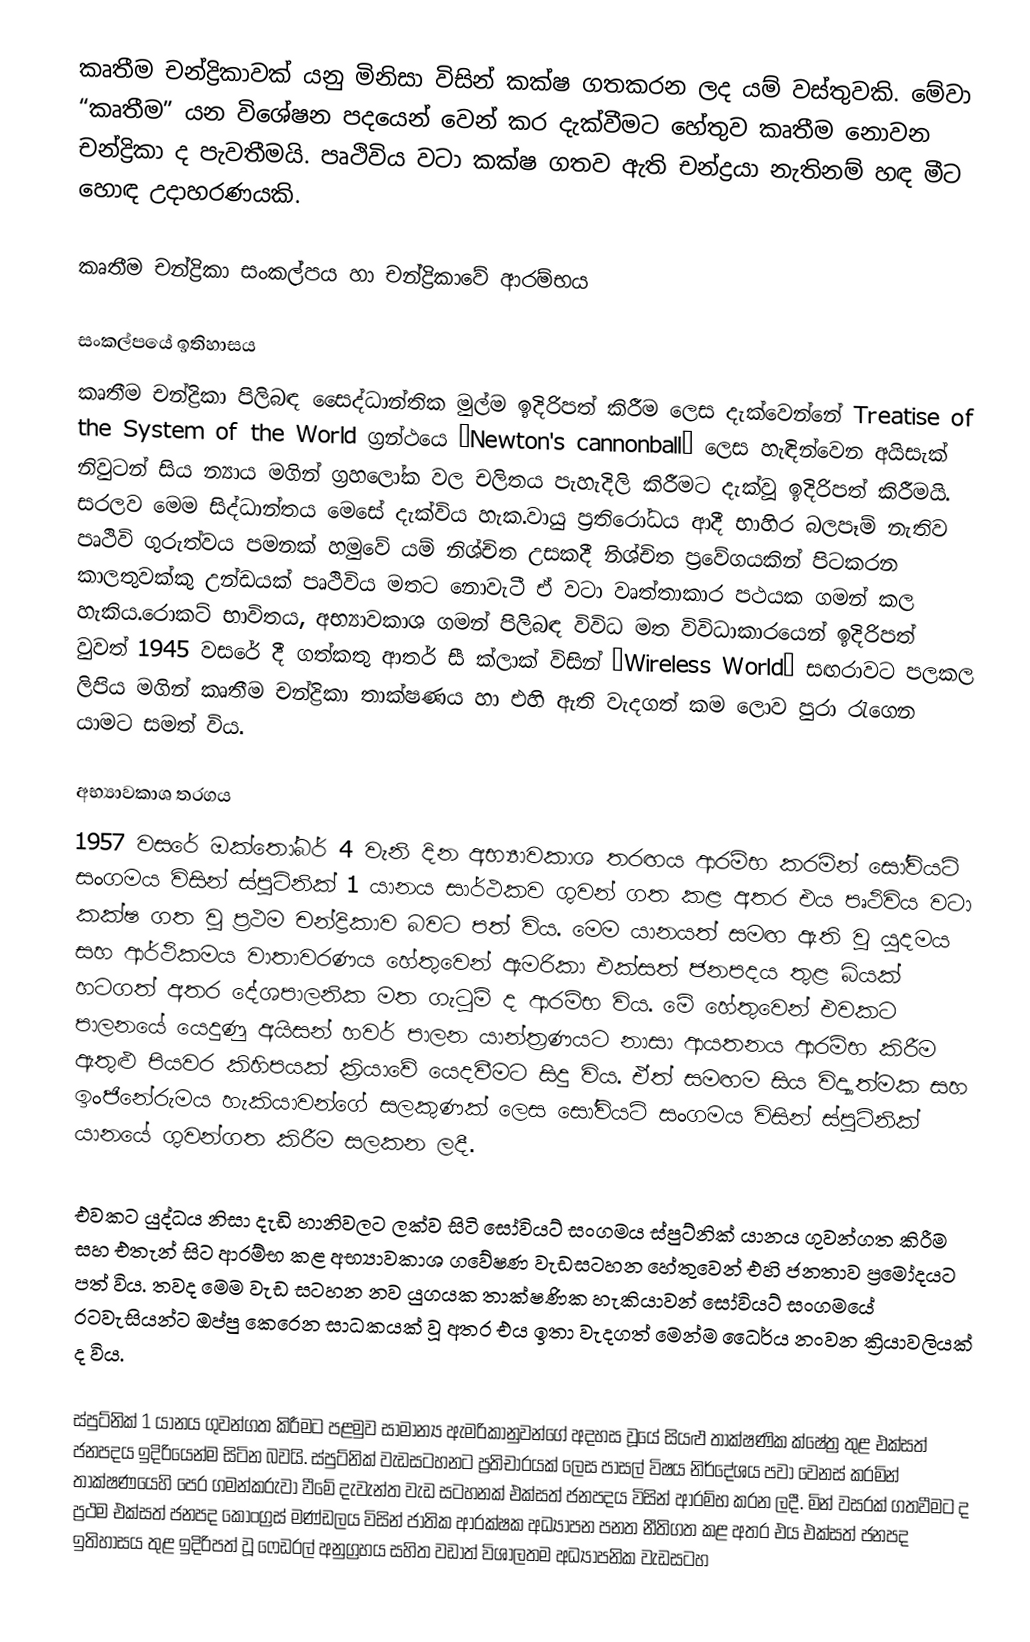
කෘතීම චන්ද්‍රික‍ාවක් යනු මිනිසා විසින් කක්ෂ ගතකරන ලද යම් වස්තුවකි. මේව‍ා “කෘතීම” යන විශේෂන ප‍දයෙන් වෙන් කර දැක්වීමට හේතුව කෘතීම නොවන චන්ද්‍රිකා ද පැවතීමයි. පෘථිවිය වටා කක්ෂ ගතව ඇති චන්ද්‍රයා නැතිනම් හඳ මීට හොඳ උදාහරණයකි.

කෘතීම චන්ද්‍රිකා සංකල්පය හා චන්ද්‍රිකාවේ ආරම්භය

සංකල්පයේ ඉතිහාසය
කෘතීම චන්ද්‍රිකා පිලිබඳ සෛද්ධාන්තික මුල්ම ඉදිරිපත් කිරීම ලෙස දැක්වෙන්නේ Treatise of the System of the World ග්‍රන්ථයෙ “Newton's cannonball” ලෙස හැඳින්වෙන අයිසැක් නිවුටන් සිය න්‍යාය මගින් ග්‍රහලෝක වල චලිතය පැහැදිලි කිරීමට දැක්වූ ඉදිරිපත් කිරීමයි. සරලව මෙ‍ම සිද්ධාන්තය මෙසේ දැක්විය හැක.වායු ප්‍රතිරෝධය ආදී භාහිර බලපෑම් න‍ැතිව පෘථිවි ගුරුත්වය පමනක් හමුවේ යම් නිශ්චිත උසකදී න‍ිශ්චි‍ත ප්‍රවේගයකින් පිටකරන කාලතුවක්කු උන්ඩයක් ප‍ෘථිවිය මතට නොවැටී ඒ වටා වෘත්තාකාර පථයක ගමන් කල හැකිය.රොක‍ට් භාවිතය, අභ්‍යාවකාශ ගමන් පිලිබඳ විවිධ මත විවිධාකාරයෙන් ඉදිරිපත් වුවත් 1945 වසරේ දී ගත්කතු ආතර් සී ක්ලාක් විසින් “Wireless World” සඟරාවට පලකල ලිපිය ‍මගින් කෘතීම චන්ද්‍රිකා තාක්ෂණය හා එහි ඇති වැදගත් කම ලොව ප‍ුරා රැගෙන යාමට සමත් විය.

අභ්‍යාවකාශ තරගය
1957 වසරේ ඔක්තෝබර් 4 වැනි දින අභ්‍යාවකාශ තරඟය ආරම්භ කරමින් සෝවියට් සංගමය විසින් ස්පුට්නික් 1 යානය සාර්ථකව ගුවන් ගත කළ අතර එය පෘථිවිය වටා කක්ෂ ගත වූ ප්‍රථම චන්ද්‍රිකාව බවට පත් විය. මෙම යානයත් සමඟ ඇති වූ යුදමය සහ ආර්ථිකමය වාතාවරණය හේතුවෙන් ඇමරිකා එක්සත් ජනපදය තුළ බියක් හටගත් අතර දේශපාලනික මත ගැටුම් ද ආරම්භ විය. මේ හේතුවෙන් එවකට පාලනයේ යෙදුණු අයිසන් හවර් පාලන යාන්ත්‍රණයට නාසා ආයතනය ආරම්භ කිරීම ඇතුළු පියවර කිහිපයක් ක්‍රියාවේ යෙදවීමට සිදු විය. ඒත් සමඟම සිය විද්‍යාත්මක සහ ඉංජිනේරුමය හැකියාවන්ගේ සලකුණක් ලෙස සෝවියට් සංගමය විසින් ස්පුට්නික් යානයේ ගුවන්ගත කිරීම සලකන ලදී.

එවකට යුද්ධය නිසා දැඩි හානිවලට ලක්ව සිටි සෝවියට් සංගමය ස්පුට්නික් යානය ගුවන්ගත කිරීම සහ එතැන් සිට ආරම්භ කළ අභ්‍යාවකාශ ගවේෂණ වැඩසටහන හේතුවෙන් එහි ජනතාව ප්‍රමෝදයට පත් විය. තවද මෙම වැඩ සටහන නව යුගයක තාක්ෂණික හැකියාවන් සෝවියට් සංගමයේ රටවැසියන්ට ඔප්පු කෙරෙන සාධකයක් වූ අතර එය ඉතා වැදගත් මෙන්ම ධෛර්ය නංවන ක්‍රියාවලියක් ද විය.

ස්පුට්නික් 1 යානය ගුවන්ගත කිරීමට පළමුව සාමාන්‍ය ඇමරිකානුවන්ගේ අදහස වූයේ සියළු තාක්ෂණික ක්ෂේත්‍ර තුළ එක්සත් ජනපදය ඉදිරියෙන්ම සිටින බවයි. ස්පුට්නික් වැඩසටහනට ප්‍රතිචාරයක් ලෙස පාසල් විෂය නිර්දේශය පවා වෙනස් කරමින් තාක්ෂ‍ණයෙහි පෙර ගමන්කරුවා වීමේ දැවැන්ත වැඩ සටහනක් එක්සත් ජනපදය විසින් ආරම්භ කරන ලදී. මින් වසරක් ගතවීමට ද ප්‍රථම එක්සත් ජනපද කොංග්‍රස් මණ්ඩලය විසින් ජාතික ආරක්ෂක අධ්‍යාපන පනත නීතිගත කළ අතර එය එක්සත් ජනපද ඉතිහාසය තුළ ඉදිරිපත් වූ ‍ෆෙඩරල් අනුග්‍රහය සහිත වඩාත් විශාලතම අධ්‍යාපනික වැඩසටහ